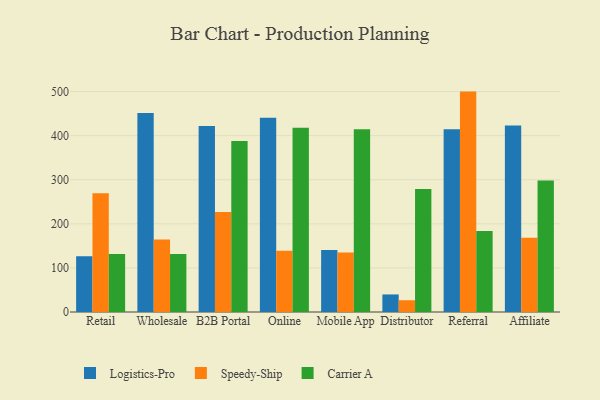
{"axis": {"x": "Channel", "y": "Market Share (%)"}, "legend": ["Carrier A", "Logistics-Pro", "Speedy-Ship"], "data": [{"x": "Retail", "y": 126.4, "type": "Logistics-Pro"}, {"x": "Retail", "y": 269.4, "type": "Speedy-Ship"}, {"x": "Retail", "y": 131.6, "type": "Carrier A"}, {"x": "Wholesale", "y": 451.6, "type": "Logistics-Pro"}, {"x": "Wholesale", "y": 164.3, "type": "Speedy-Ship"}, {"x": "Wholesale", "y": 131.5, "type": "Carrier A"}, {"x": "B2B Portal", "y": 422.0, "type": "Logistics-Pro"}, {"x": "B2B Portal", "y": 226.6, "type": "Speedy-Ship"}, {"x": "B2B Portal", "y": 387.6, "type": "Carrier A"}, {"x": "Online", "y": 440.5, "type": "Logistics-Pro"}, {"x": "Online", "y": 139.2, "type": "Speedy-Ship"}, {"x": "Online", "y": 417.7, "type": "Carrier A"}, {"x": "Mobile App", "y": 140.7, "type": "Logistics-Pro"}, {"x": "Mobile App", "y": 135.0, "type": "Speedy-Ship"}, {"x": "Mobile App", "y": 414.3, "type": "Carrier A"}, {"x": "Distributor", "y": 39.8, "type": "Logistics-Pro"}, {"x": "Distributor", "y": 26.7, "type": "Speedy-Ship"}, {"x": "Distributor", "y": 279.0, "type": "Carrier A"}, {"x": "Referral", "y": 414.7, "type": "Logistics-Pro"}, {"x": "Referral", "y": 499.9, "type": "Speedy-Ship"}, {"x": "Referral", "y": 183.9, "type": "Carrier A"}, {"x": "Affiliate", "y": 422.9, "type": "Logistics-Pro"}, {"x": "Affiliate", "y": 168.5, "type": "Speedy-Ship"}, {"x": "Affiliate", "y": 298.3, "type": "Carrier A"}]}